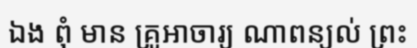
ឯង ពុំ មាន គ្រូឤចារ្យ ណាពន្យល់ ព្រះ